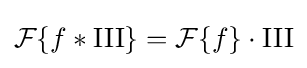
{\mathcal {F}}\{f*\operatorname {III} \}={\mathcal {F}}\{f\}\cdot \operatorname {III}